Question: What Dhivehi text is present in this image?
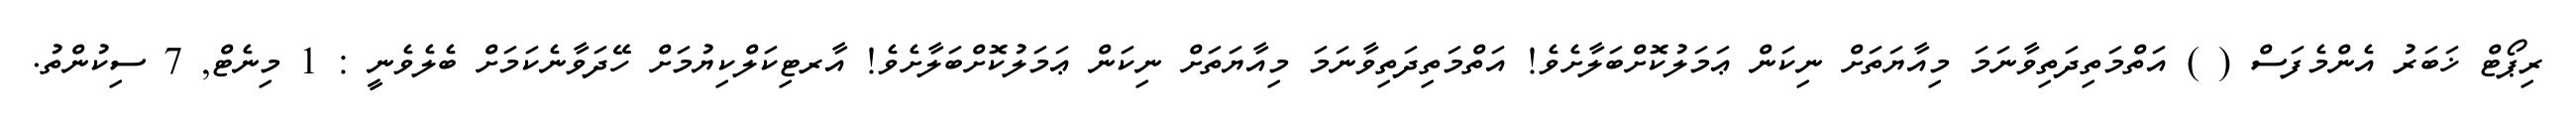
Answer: ރިޕޯޓް ޚަބަރު އެންމެފަސް ( ) އަތްމަތިދަތިވާނަމަ މިއާޔަތަށް ނިކަން ޢަމަލުކޮށްބަލާށެވެ! އަތްމަތިދަތިވާނަމަ މިއާޔަތަށް ނިކަން ޢަމަލުކޮށްބަލާށެވެ! އާރޓިކަލްކިޔުމަށް ހޭދަވާނެކަމަށް ބެލެވެނީ : 1 މިނެޓް, 7 ސިކުންތު.